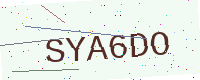
Text: SYA6DO